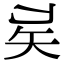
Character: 𥎨